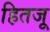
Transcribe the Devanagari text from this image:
हितजू